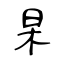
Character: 杲